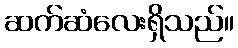
ဆက်ဆံလေးရှိသည်။